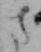
さ